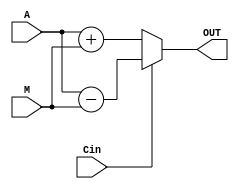
module addSub(
	input Cin,
	input [7:0]A,M,
	output [7:0]OUT)
	;
	reg [8:0]ans;
	always begin
		if(Cin)
			ans=A-M;
		else
			ans=A+M;
	end
		
		assign OUT=ans[7:0];		
endmodule